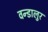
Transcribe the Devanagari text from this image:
वन्डालुर